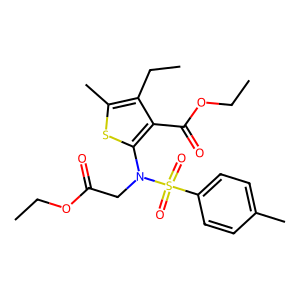
SMILES: CCOC(=O)CN(c1sc(C)c(CC)c1C(=O)OCC)S(=O)(=O)c1ccc(C)cc1
Inhibits HIV replication: No